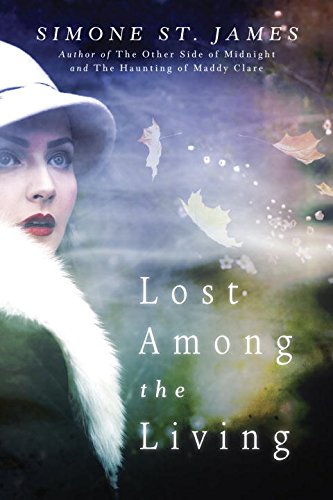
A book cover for Lost Among the Living; Simone St. James; Literature & Fiction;